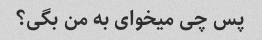
پس چی میخوای به من بگی؟